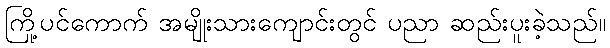
ကြို့ပင်ကောက် အမျိုးသားကျောင်းတွင် ပညာ ဆည်းပူးခဲ့သည်။